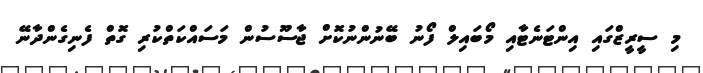
މި ސީރީޒްގައި އިންޓަނެޓާއި މޯބައިލް ފޯނު ބޭނުންނުކޮށް ޖާސޫސުން މަސައްކަތްކުރި ގޮތް ފެނިގެންދާނޭ